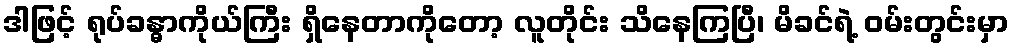
ဒါဖြင့် ရုပ်ခန္ဓာကိုယ်ကြီး ရှိနေတာကိုတော့ လူတိုင်း သိနေကြပြီ၊ မိခင်ရဲ့ ဝမ်းတွင်းမှာ